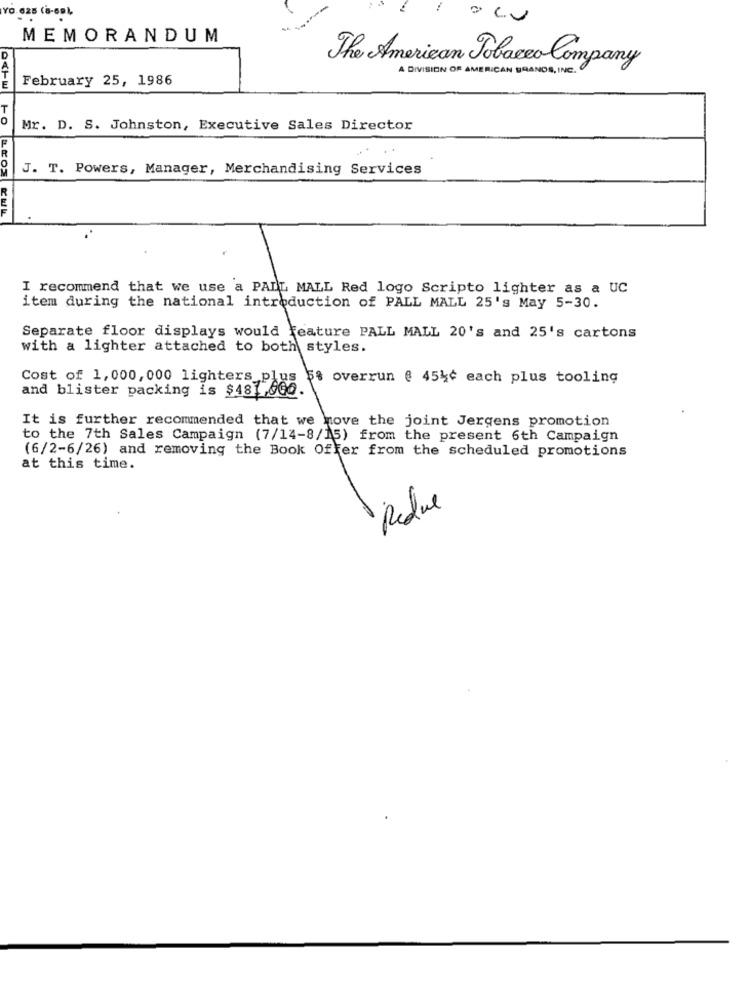
YO.625 (8-69),
MEMORANDUM
The American Tobacco Company
A DIVISION OF AMERICAN BRANDS, INC.
February 25, 1986
Mr. D. S. Johnston, Executive Sales Director
J. T. Powers, Manager, Merchandising Services
I recommend that we use a PALL MALL Red logo Scripto lighter as a UC
item during the national introduction of PALL MALL 25's May 5-30.
Separate floor displays would feature PALL MALL 20's and 25's cartons
with a lighter attached to both styles.
Cost of 1,000,000 lighters plus $s overrun @ 4544 each plus tooling
and blister packing is $481 600.
It is further recommended that we move the joint Jergens promotion
to the 7th Sales Campaign (7/14-8/15) from the present 6th Campaign
(6/2-6/26) and removing the Book Offer from the scheduled promotions
at this time.
Reduce